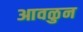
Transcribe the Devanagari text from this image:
आवळुन